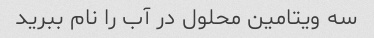
سه ویتامین محلول در آب را نام ببرید